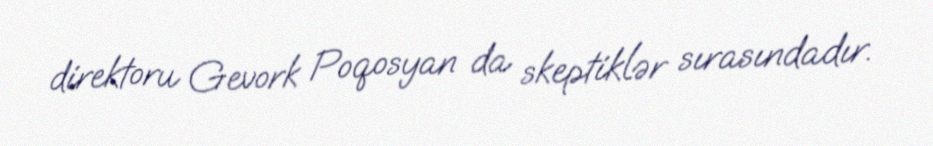
direktoru Gevork Poqosyan da skeptiklər sırasındadır.